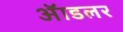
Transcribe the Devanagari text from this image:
ॲाडलर